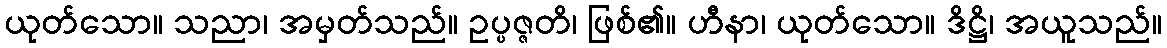
ယုတ်သော။ သညာ၊ အမှတ်သည်။ ဥပ္ပဇ္ဇတိ၊ ဖြစ်၏။ ဟီနာ၊ ယုတ်သော။ ဒိဋ္ဌိ၊ အယူသည်။